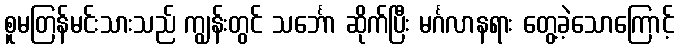
စူမတြန်မင်းသားသည် ကျွန်းတွင် သင်္ဘော ဆိုက်ပြီး မင်္ဂလာနရား တွေ့ခဲ့သောကြောင့်